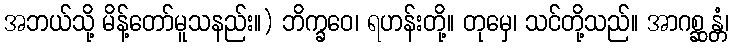
အဘယ်သို့ မိန့်တော်မူသနည်း။) ဘိက္ခဝေ၊ ရဟန်းတို့။ တုမှေ၊ သင်တို့သည်။ အာဂစ္ဆန္တံ၊